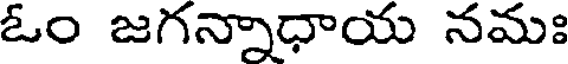
ఓం జగన్నాధాయ నమః